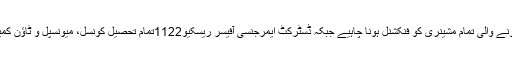
ڈپٹی کمشنر نے ہدیات کی کہ ریسکیو اینڈ ریلیف سرگرمیوں میں استعمال ہونے والی تمام مشینری کو فنکشنل ہونا چاہیے جبکہ ڈسٹرکٹ ایمرجنسی آفیسر ریسکیو1122تمام تحصیل کونسل، میونسپل و ٹاﺅن کمیٹیز کے چیف افسران نے مشینری فنکشنل ہونے کا سرٹیفکیٹ حاصل کریں۔